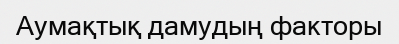
Аумақтық дамудың факторы